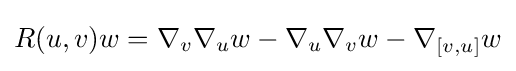
R(u,v)w=\nabla _{v}\nabla _{u}w-\nabla _{u}\nabla _{v}w-\nabla _{[v,u]}w